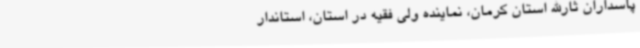
پاسداران ثارالله استان کرمان، نماینده ولی فقیه در استان، استاندار